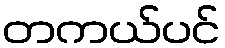
တကယ်ပင်